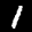
Label: 1